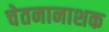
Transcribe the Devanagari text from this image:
चेतनानाशक